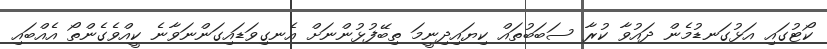
ކޯޓުގައި އަޅުގަނޑުމެން ދައުވާ ކުރާ ސަބަބުތައް ކިޔައިދިނީމަ ތިބޭފުޅުންނަށް އެނގިވަޑައިގަންނަވާނެ ކީއްވެގެންތޯ އެއްބައި